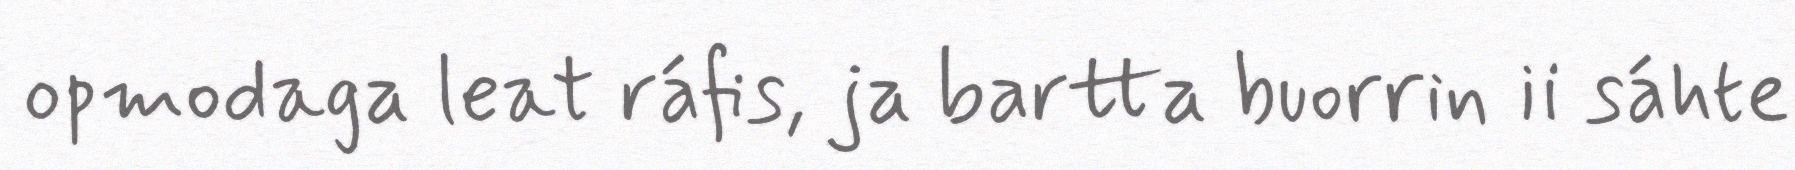
opmodaga leat ráfis, ja bartta buorrin ii sáhte